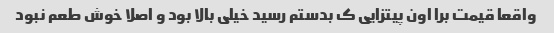
واقعا قیمت برا اون پیتزایی ک بدستم رسید خیلی بالا بود و اصلا خوش طعم نبود